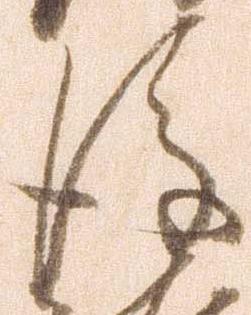
後